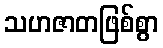
သဟဇာတဖြစ်စွာ